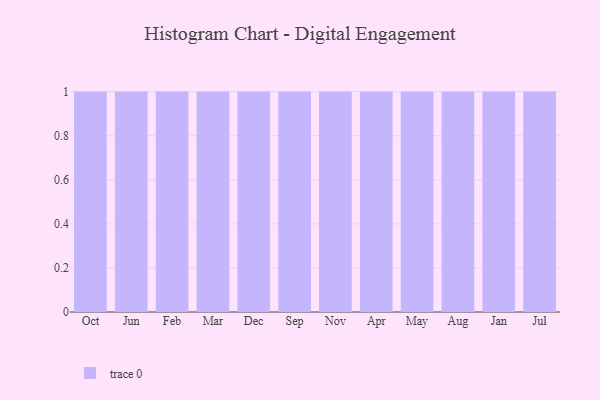
{"axis": {"x": "Month", "y": "Temperature (°C)"}, "legend": [""], "data": [{"x": "Oct", "y": 41, "type": ""}, {"x": "Jun", "y": 36, "type": ""}, {"x": "Feb", "y": 83, "type": ""}, {"x": "Mar", "y": 93, "type": ""}, {"x": "Dec", "y": 45, "type": ""}, {"x": "Sep", "y": 92, "type": ""}, {"x": "Nov", "y": 81, "type": ""}, {"x": "Apr", "y": 29, "type": ""}, {"x": "May", "y": 22, "type": ""}, {"x": "Aug", "y": 52, "type": ""}, {"x": "Jan", "y": 38, "type": ""}, {"x": "Jul", "y": 32, "type": ""}]}